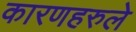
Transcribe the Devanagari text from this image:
कारणहरुले